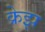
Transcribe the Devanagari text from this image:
क्रेझ